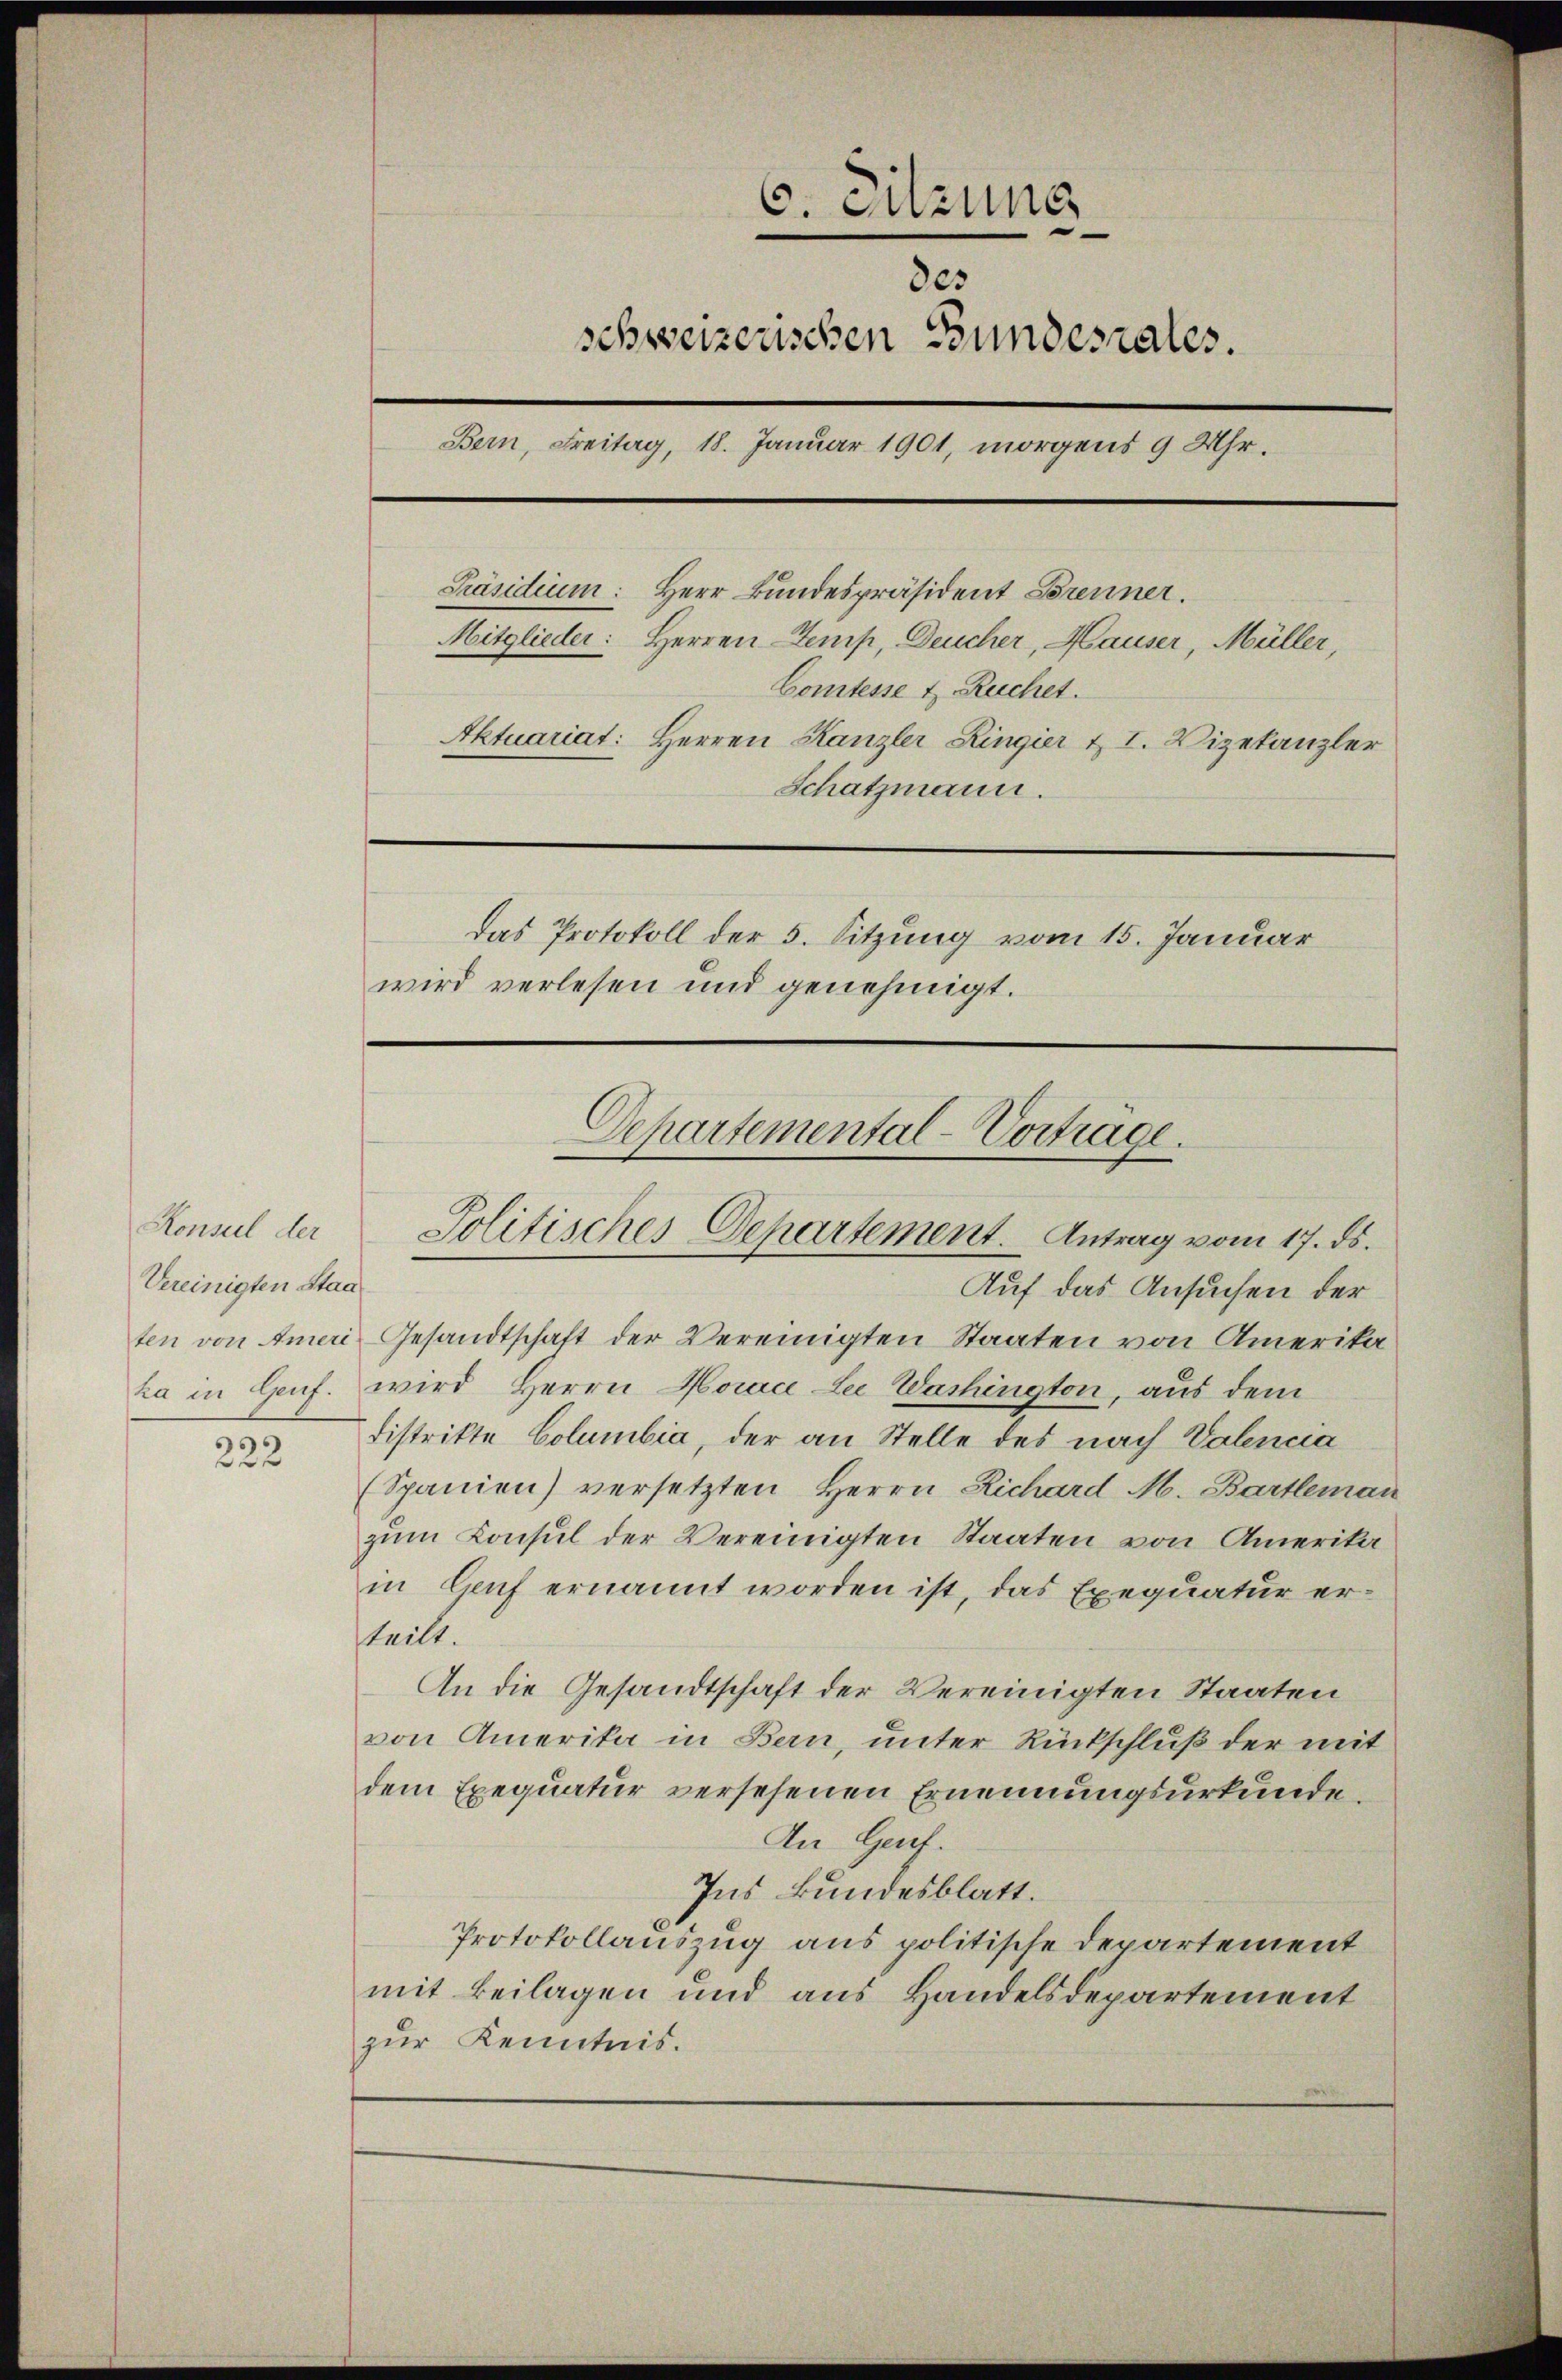
Konsul der
Vereinigten Staa

222

C. Sitzung
des
schweizerischen Bundesrates.
Bern, Freitag, 18. Januar 1901, morgens 9 Uhr.
Präsidium: Herr Bundespräsident Brenner.
Mitglieder: Herren Temp, Deucher, Hauser, Müller,
Comtesse u. Ruchet.
Aktuariat: Herren Kanzler Ringier & I. Vizekanzler
Schatzmann.
Das Protokoll der 5. Sitzung vom 15. Januar
wird verlesen und genehmigt.

Departemental-Vortrage.
Politisches Departement. Antrag vom 17. ds.

Auf das Ansuchen der
ten von Ameri Gesandtschaft der Vereinigten Staaten von Amerika
ka in Genf. wird Herrn Horace Lee Washington, aus dem
Distrikte Columbia, der an Stelle des nach Valencia
(Spanien) versetzten Herrn Richard M. Bartleman
zum Konsul der Vereinigten Staaten von Amerika
in Genf ernannt worden ist, das Exequatur erteilt.
An die Gesandtschaft der Vereinigten Staaten
von Amerika in Bern, unter Rückschluß der mit
dem Exequatur versehenen Ernennungsurkunde.
In Genf.
Ins kundesblatt.
Protokollauszug aus politische Departement
mit Beilagen und aus Handelsdepartement
zur Kenntnis.